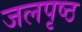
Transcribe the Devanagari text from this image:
जलपृष्ठ